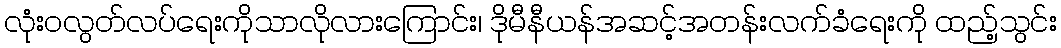
လုံးဝလွတ်လပ်ရေးကိုသာလိုလားကြောင်း၊ ဒိုမီနီယန်အဆင့်အတန်းလက်ခံရေးကို ထည့်သွင်း